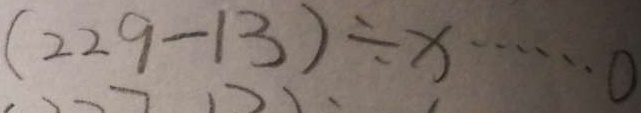
( 2 2 9 - 1 3 ) \div x \cdots 0